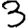
Digit: 3